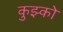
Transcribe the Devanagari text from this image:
कुझ्को